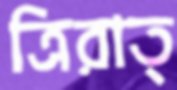
ত্রিরাত্